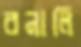
বনালি